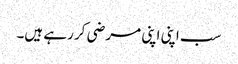
سب اپنی اپنی مرضی کر رہے ہیں۔